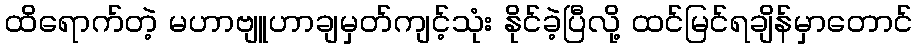
ထိရောက်တဲ့ မဟာဗျူဟာချမှတ်ကျင့်သုံး နိုင်ခဲ့ပြီလို့ ထင်မြင်ရချိန်မှာတောင်